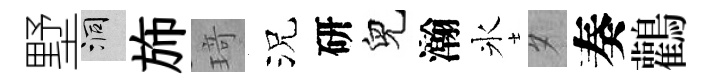
墅洞斾𤦺況研兒瀚氷夕奏鸛